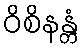
ဝိစိနန္တံ